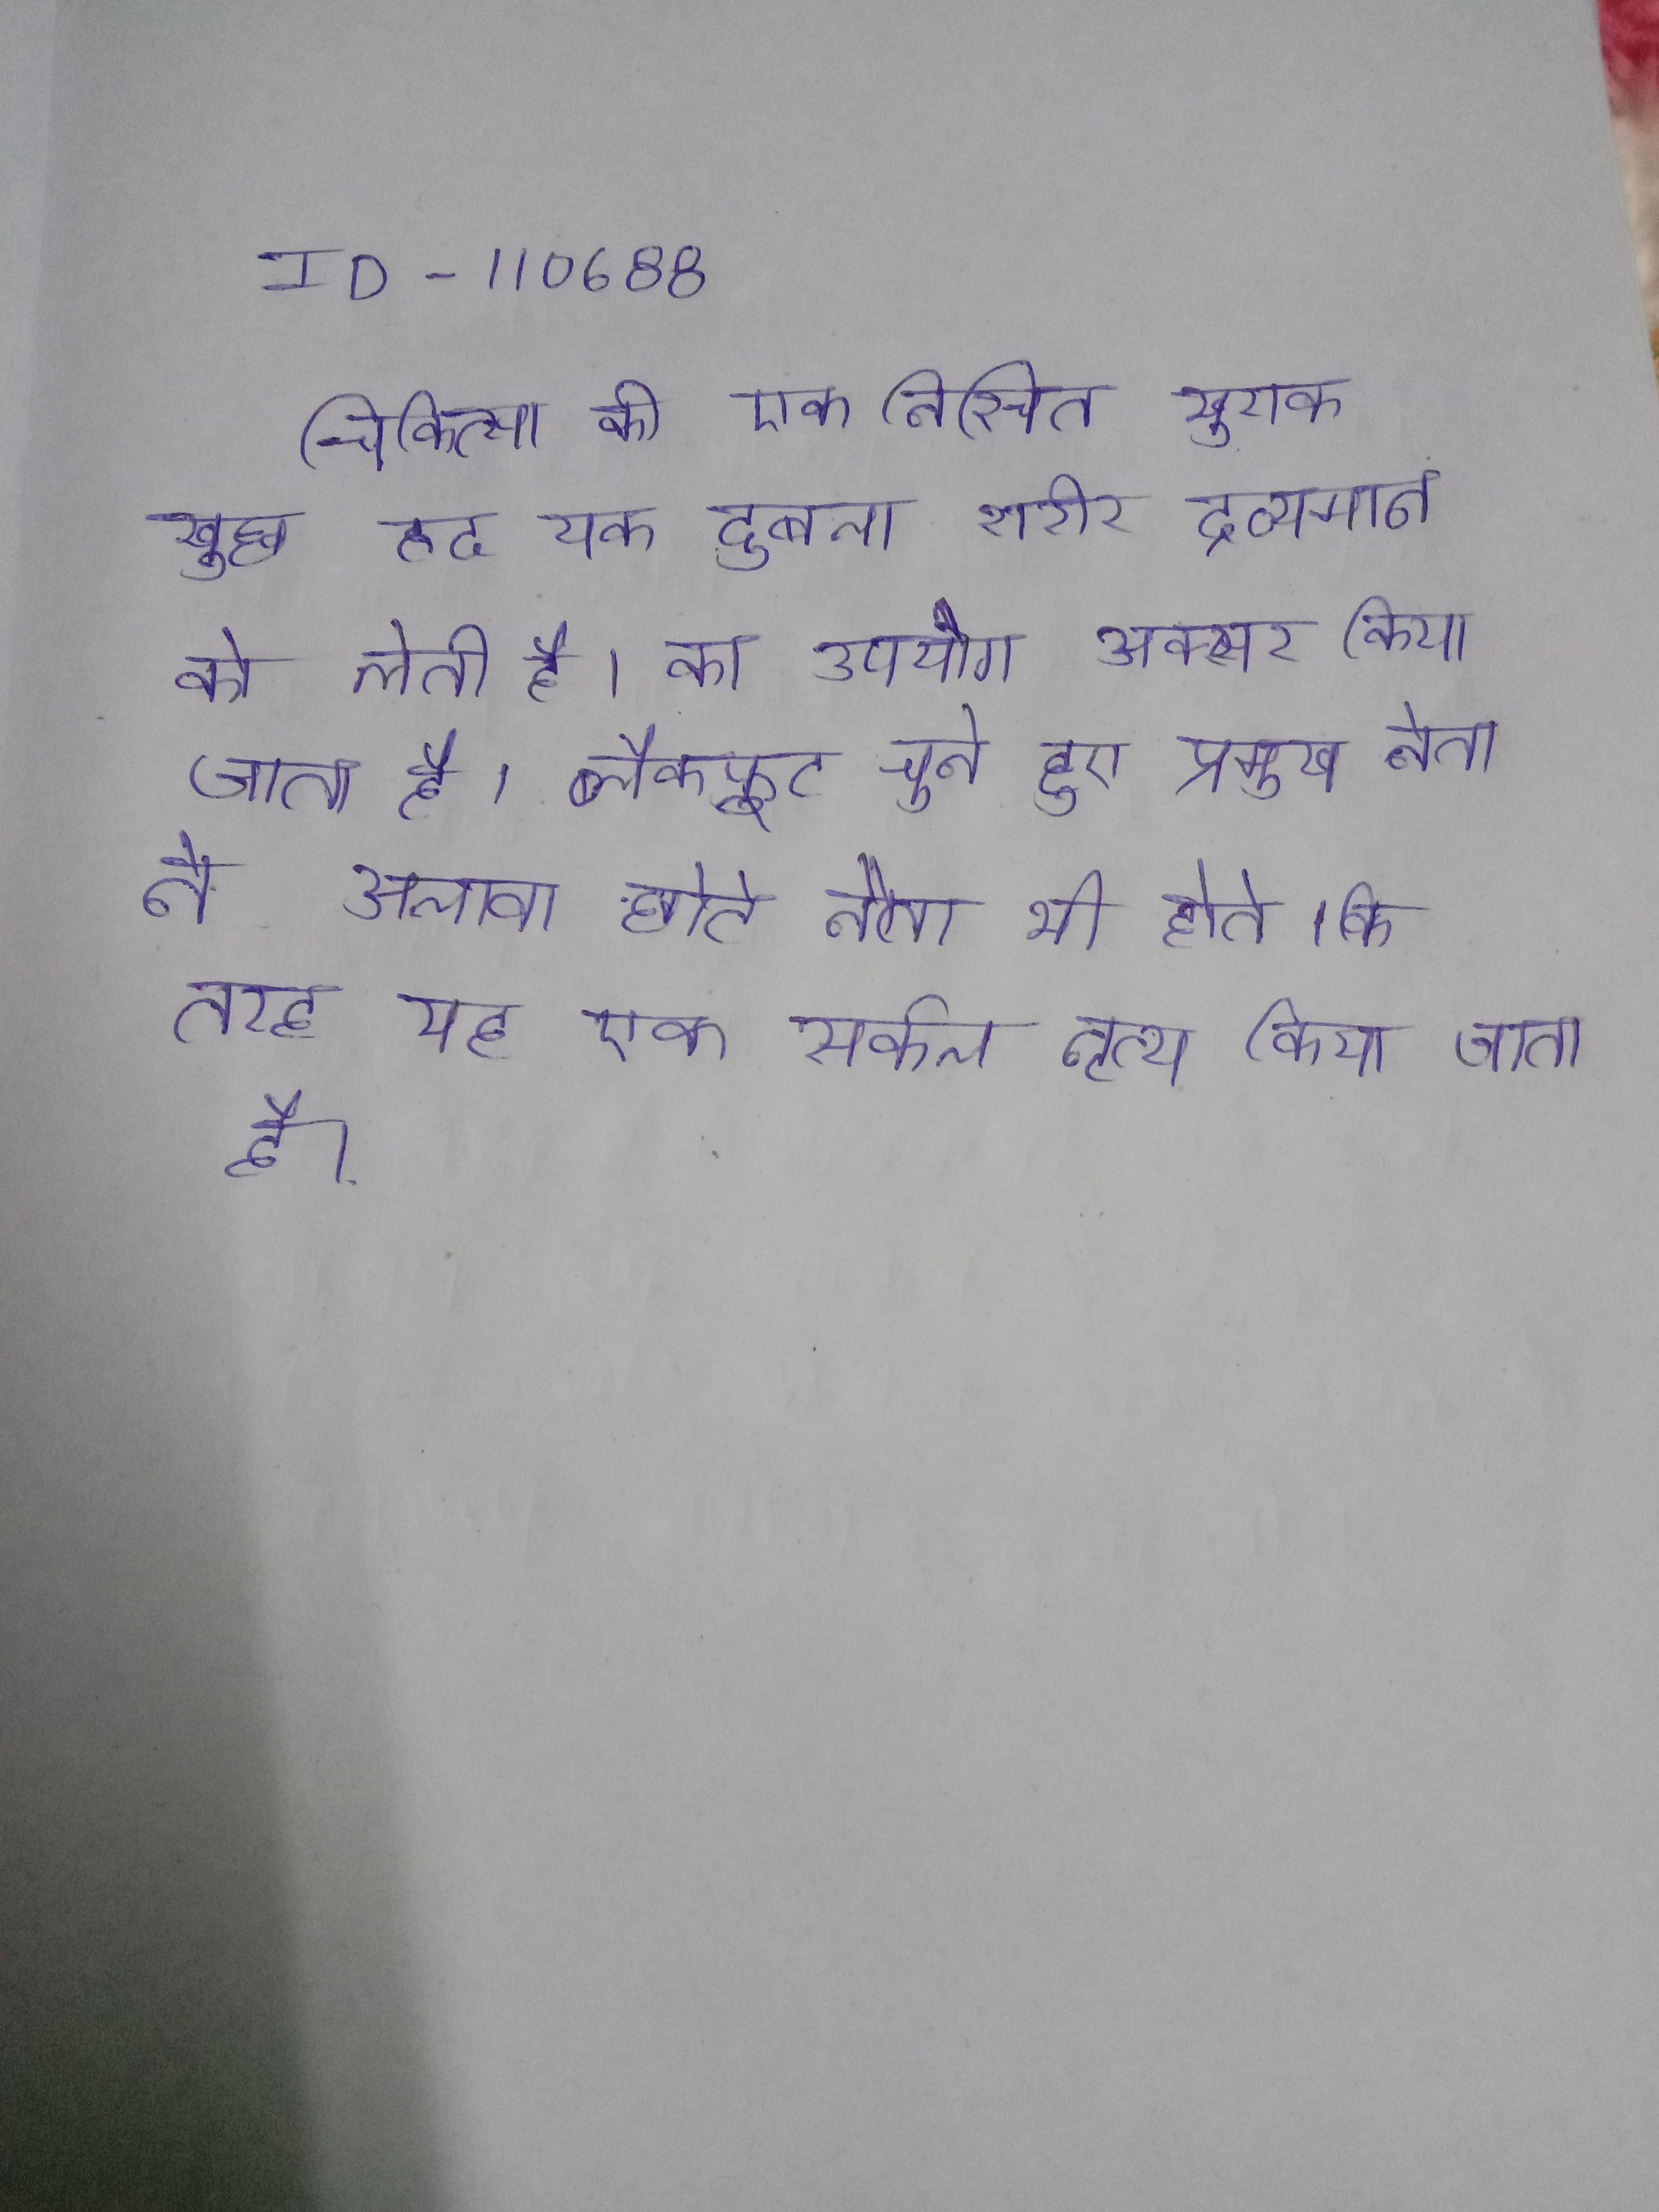
चिकित्सा की एक निश्चित खुराक कुछ हद यक दुबला शरीर द्रव्यमान को लेती है । का उपयोग अक्सर किया जाता है । ब्लैकफूट चुने हुए प्रमुख नेता के अलावा छोटे नेता भी होते । की तरह यह एक सर्कल नृत्य किया जाता है ।